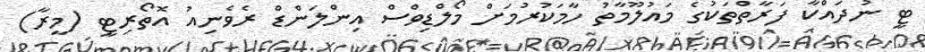
ޓީ ނުދައްކާ ފަރާތްތަކުގެ މައުލޫމާތު ހާމަކުރުމަށް މޯލްޑިވްސް އިންލަންޑް ރެވެނިއު އޮތޯރިޓީ (މީރާ)